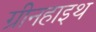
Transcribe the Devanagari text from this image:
ग्रीनहाइथ